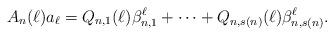
LaTeX: \begin{align*}A_n(\ell)a_{\ell}=Q_{n,1}(\ell)\beta_{n,1}^{\ell}+\cdots+Q_{n,s(n)}(\ell)\beta_{n,s(n)}^{\ell}.\end{align*}